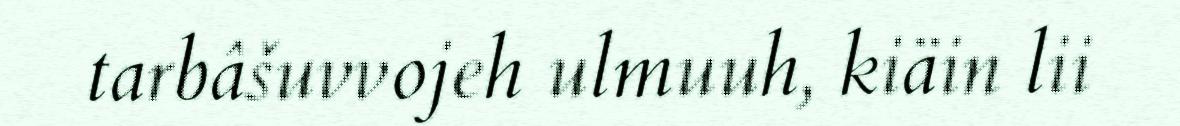
tarbâšuvvojeh ulmuuh, kiäin lii